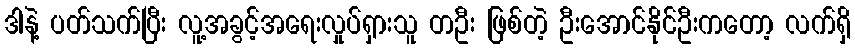
ဒါနဲ့ ပတ်သက်ပြီး လူ့အခွင့်အရေးလှုပ်ရှားသူ တဦး ဖြစ်တဲ့ ဦးအောင်နိုင်ဦးကတော့ လက်ရှိ